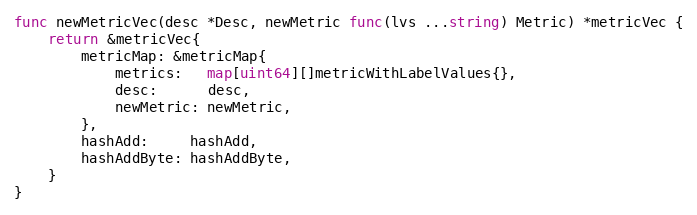
Language: Go
func newMetricVec(desc *Desc, newMetric func(lvs ...string) Metric) *metricVec {
	return &metricVec{
		metricMap: &metricMap{
			metrics:   map[uint64][]metricWithLabelValues{},
			desc:      desc,
			newMetric: newMetric,
		},
		hashAdd:     hashAdd,
		hashAddByte: hashAddByte,
	}
}